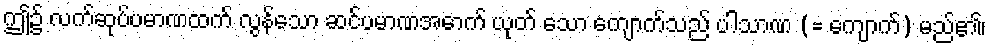
ဤ၌ လက်ဆုပ်ပမာဏထက် လွန်သော ဆင်ပမာဏအောက် ယုတ် သော ကျောက်သည် ပါသာဏ (= ကျောက်) မည်၏၊